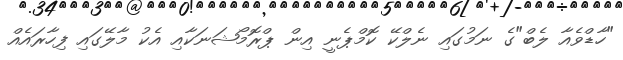
"ހާޑްވެއާ ލެބް"ގެ ނަމުގައި ނެލްކޭ ކޮމްޕެނީ އިން ޕްރޮމޯޝަނަކާއި އެކު މާލޭގައި ފިހާރައެއް